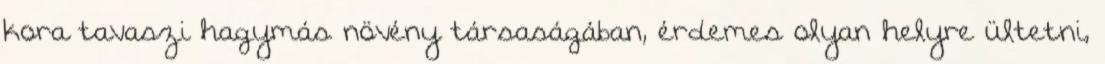
kora tavaszi hagymás növény társaságában, érdemes olyan helyre ültetni,